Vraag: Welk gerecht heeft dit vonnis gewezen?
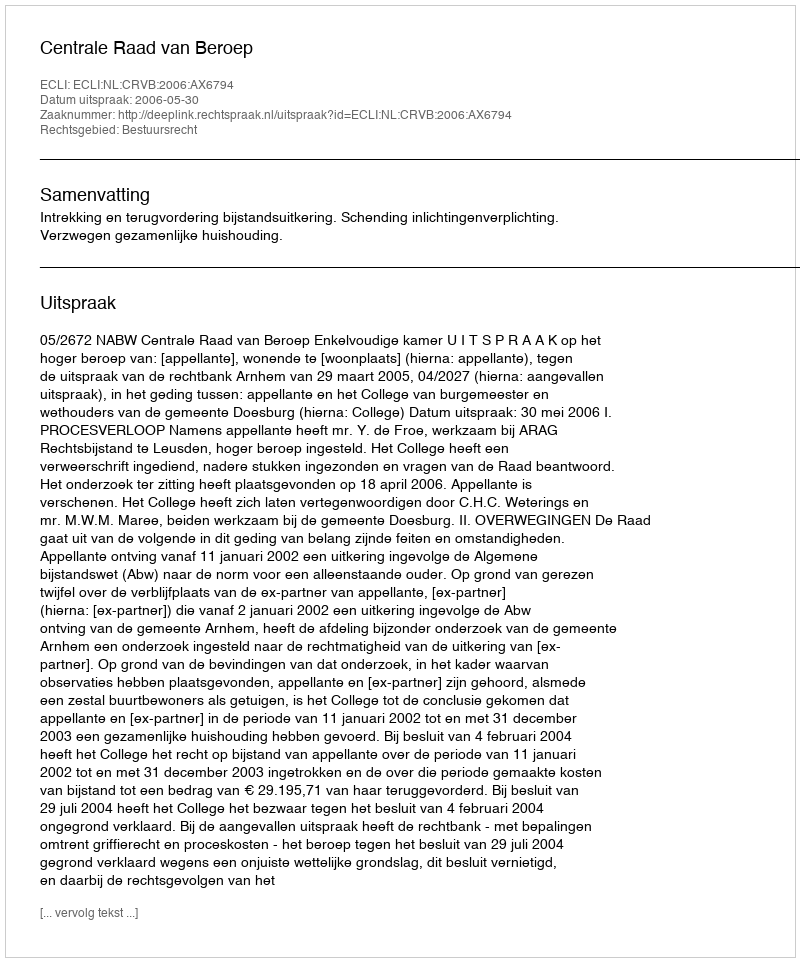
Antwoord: Centrale Raad van Beroep